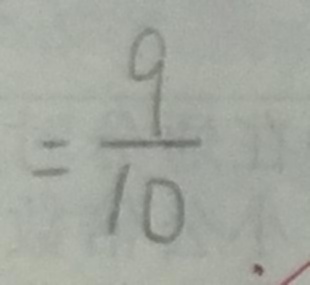
= \frac { 9 } { 1 0 }